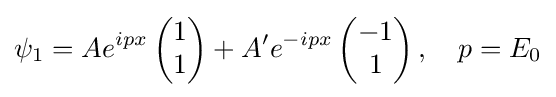
\psi _{1}=Ae^{ipx}\left({\begin{matrix}1\\1\end{matrix}}\right)+A'e^{-ipx}\left({\begin{matrix}-1\\1\end{matrix}}\right),\quad p=E_{0}